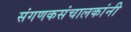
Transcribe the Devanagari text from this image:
संगणकसंचालकांनी